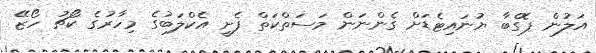
އަލުން ޕޮގްބާ ޔުނައިޓެޑަށް ގެންނަން މަސަތްކަތް ފެށީ އެކްލަބުގެ މިހާރުގެ ކޯޗު ހޯޒޭ